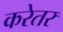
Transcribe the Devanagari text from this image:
करेतर